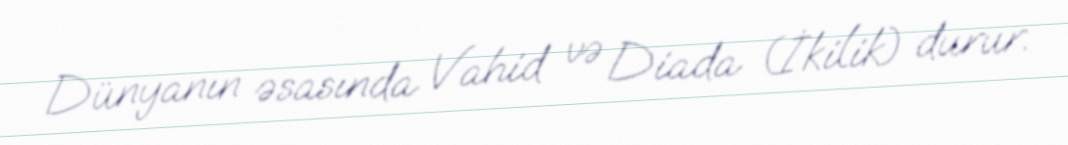
Dünyanın əsasında Vahid və Diada (İkilik) durur.